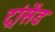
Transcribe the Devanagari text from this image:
ट्रांसेंड